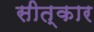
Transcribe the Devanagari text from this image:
सीत्कार